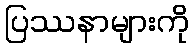
ပြဿနာများကို